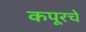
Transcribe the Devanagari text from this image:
कपूरचे